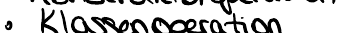
Klassenoperation